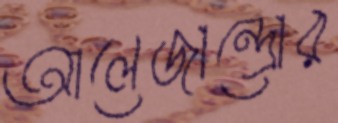
আলেজান্দ্রোর